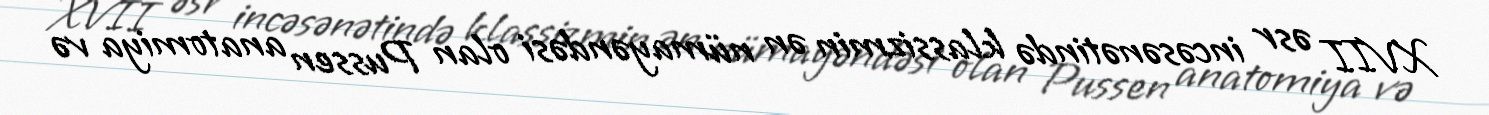
XVII əsr incəsənətində klassizmin ən nümayəndəsi olan Pussen anatomiya və